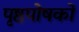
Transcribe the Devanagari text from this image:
पृष्ठपोषकों